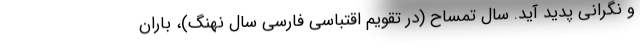
و نگرانی پدید آید. سال تمساح (در تقویم اقتباسی فارسی سال نهنگ)، باران